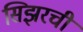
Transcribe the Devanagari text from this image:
सिझरची